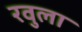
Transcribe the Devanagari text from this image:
रवुला